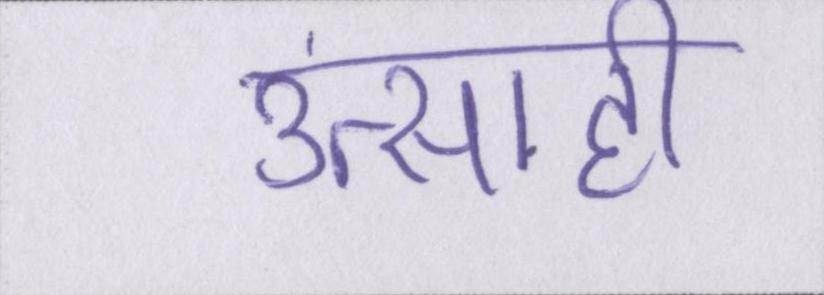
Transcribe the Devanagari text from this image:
उत्साही